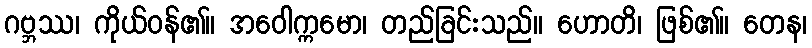
ဂဗ္ဘဿ၊ ကိုယ်ဝန်၏။ အဝေါက္ကမော၊ တည်ခြင်းသည်။ ဟောတိ၊ ဖြစ်၏။ တေန၊